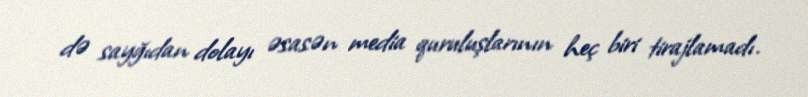
də sayğıdan dolayı əsasən media quruluşlarının heç biri tirajlamadı.